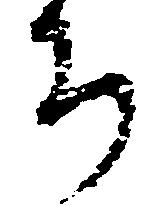
ち